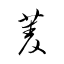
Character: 菱